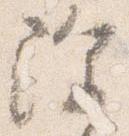
除